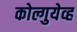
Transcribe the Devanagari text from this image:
कोल्गुयेव्ह